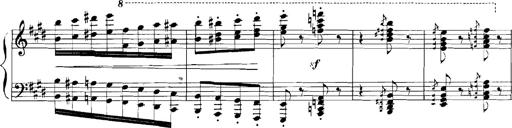
Title: Rhapsodies hongroises
Composer: Franz Liszt